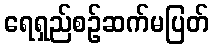
ရေရှည်စဉ်ဆက်မပြတ်